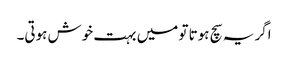
اگر یہ سچ ہوتا تو میں بہت خوش ہوتی۔